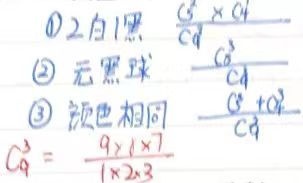
\textcircled{1} \(2\)白\(1\)黑：\(\frac{C_{5}^{2}\times C_{4}^{1}}{C_{9}^{3}}\)
\textcircled{2} 无黑球：\(\frac{C_{5}^{3}}{C_{9}^{3}}\)
\textcircled{3} 颜色相同：\(\frac{C_{5}^{3}+C_{4}^{3}}{C_{9}^{3}}\)，\(C_{9}^{3}=\frac{9\times8\times7}{1\times2\times3}\)